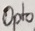
Text: Opto